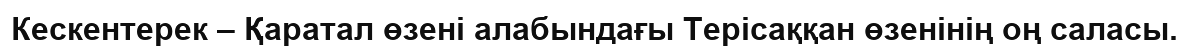
Кескентерек – Қаратал өзені алабындағы Терісаққан өзенінің оң саласы.